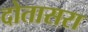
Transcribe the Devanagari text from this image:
दोतासरा